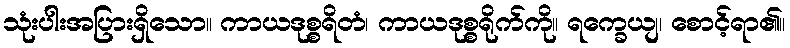
သုံးပါးအပြားရှိသော။ ကာယဒုစ္စရိတံ၊ ကာယဒုစ္စရိုက်ကို။ ရက္ခေယျ၊ စောင့်ရာ၏။